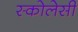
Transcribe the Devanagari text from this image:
स्कोलेसी